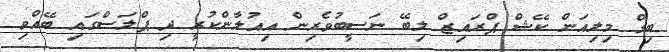
ބިގް މިލިއަން ކޭޝް ޕްރައިޒް ލިބޭ ނަސީބުވެރިން އިއުލާންކުރީ ދި ޕްލަސްގައި ބޭއްވި